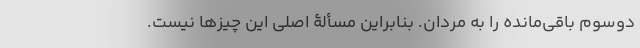
دوسوم باقی‌مانده را به مردان. بنابراین مسألۀ اصلی این چیزها نیست.